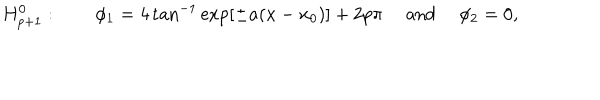
H _ { p + 1 } ^ { 0 } : \qquad \phi _ { 1 } = 4 \tan ^ { - 1 } \exp \left[ \pm a ( x - x _ { 0 } ) \right] + 2 p \pi \quad \mathrm { ~ a n d ~ } \quad \phi _ { 2 } = 0 ,